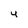
Character: U